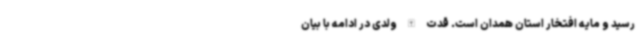
رسید و مایه افتخار استان همدان است. قدت الله ولدی در ادامه با بیان